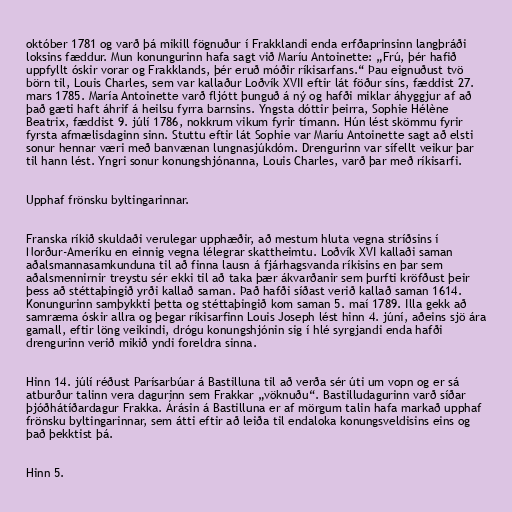
október 1781 og varð þá mikill fögnuður í Frakklandi enda erfðaprinsinn langþráði
loksins fæddur. Mun konungurinn hafa sagt við Maríu Antoinette: „Frú, þér hafið
uppfyllt óskir vorar og Frakklands, þér eruð móðir ríkisarfans.“ Þau eignuðust tvö
börn til, Louis Charles, sem var kallaður Loðvík XVII eftir lát föður síns, fæddist 27.
mars 1785. María Antoinette varð fljótt þunguð á ný og hafði miklar áhyggjur af að
það gæti haft áhrif á heilsu fyrra barnsins. Yngsta dóttir þeirra, Sophie Hélène
Beatrix, fæddist 9. júlí 1786, nokkrum vikum fyrir tímann. Hún lést skömmu fyrir
fyrsta afmælisdaginn sinn. Stuttu eftir lát Sophie var Maríu Antoinette sagt að elsti
sonur hennar væri með banvænan lungnasjúkdóm. Drengurinn var sífellt veikur þar
til hann lést. Yngri sonur konungshjónanna, Louis Charles, varð þar með ríkisarfi.

Upphaf frönsku byltingarinnar.

Franska ríkið skuldaði verulegar upphæðir, að mestum hluta vegna stríðsins í
Norður-Ameríku en einnig vegna lélegrar skattheimtu. Loðvík XVI kallaði saman
aðalsmannasamkunduna til að finna lausn á fjárhagsvanda ríkisins en þar sem
aðalsmennirnir treystu sér ekki til að taka þær ákvarðanir sem þurfti kröfðust þeir
þess að stéttaþingið yrði kallað saman. Það hafði síðast verið kallað saman 1614.
Konungurinn samþykkti þetta og stéttaþingið kom saman 5. maí 1789. Illa gekk að
samræma óskir allra og þegar ríkisarfinn Louis Joseph lést hinn 4. júní, aðeins sjö ára
gamall, eftir löng veikindi, drógu konungshjónin sig í hlé syrgjandi enda hafði
drengurinn verið mikið yndi foreldra sinna.

Hinn 14. júlí réðust Parísarbúar á Bastilluna til að verða sér úti um vopn og er sá
atburður talinn vera dagurinn sem Frakkar „vöknuðu“. Bastilludagurinn varð síðar
þjóðhátíðardagur Frakka. Árásin á Bastilluna er af mörgum talin hafa markað upphaf
frönsku byltingarinnar, sem átti eftir að leiða til endaloka konungsveldisins eins og
það þekktist þá.

Hinn 5.